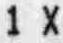
1 X